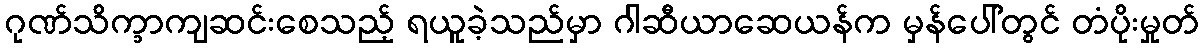
ဂုဏ်သိက္ခာကျဆင်းစေသည့် ရယူခဲ့သည်မှာ ဂါဆီယာဆေယန်က မှန်ပေါ်တွင် တံပိုးမှုတ်